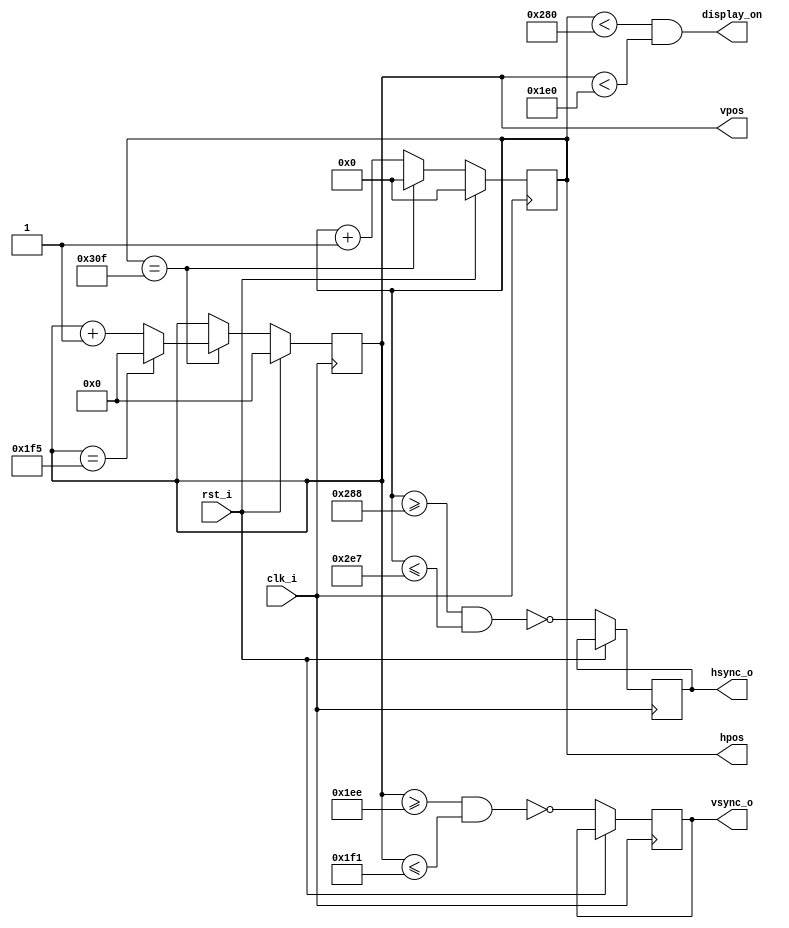
module HVSync(
    input clk_i,
    input rst_i,
    output hsync_o,
    output vsync_o,
    output display_on,
    output [9:0] hpos,
    output [8:0] vpos);


/* Dimensions for 640x480 @60Hz
* found here http://martin.hinner.info/vga/640x480_60.html*/
localparam H_DISPLAY = 640;  // horizontal display width
localparam H_FRONT = 8;      // front porch
localparam H_SYNC = 96;      // sync width
localparam H_BACK = 40;      // back porch

localparam V_SYNC = 4;       // sync width
localparam V_BACK = 25;      // back porch
localparam V_TOP = 4;        // top border
localparam V_DISPLAY = 480;  // vertical display width
localparam V_BOTTOM = 14;    // bottom border

localparam H_SYNC_START = H_DISPLAY + H_FRONT;
localparam H_SYNC_END = H_DISPLAY + H_FRONT + H_SYNC - 1;
localparam H_MAX = H_DISPLAY + H_BACK + H_FRONT + H_SYNC - 1; 

localparam V_SYNC_START = V_DISPLAY + V_BOTTOM;
localparam V_SYNC_END = V_DISPLAY + V_BOTTOM + V_SYNC - 1;
localparam V_MAX = V_DISPLAY + V_TOP + V_BOTTOM + V_SYNC - 1;


reg [9:0] hpos_count;
reg [8:0] vpos_count;

assign hpos = hpos_count;
assign vpos = vpos_count;

wire hpos_max = (hpos_count == H_MAX);
wire vpos_max = (vpos_count == V_MAX);

assign display_on = (hpos_count < H_DISPLAY) && (vpos_count < V_DISPLAY);

// Horizontal counter
always@(posedge clk_i)
begin
    if(rst_i)
    begin
        hpos_count <= 0;
    end else begin
        hsync_o <= ~(hpos_count >= H_SYNC_START
                    && hpos_count <= H_SYNC_END);
        if(hpos_max)
            hpos_count <= 0;
        else
            hpos_count <= hpos_count + 1'b1;
    end
end

// Vertical counter
always@(posedge clk_i)
begin
    if(rst_i)
    begin
        vpos_count <= 0;
    end else begin
        vsync_o <= ~(vpos_count >= V_SYNC_START
                  && vpos_count <= V_SYNC_END);
        if(hpos_max)
            if(vpos_max)
                vpos_count <= 0;
            else
                vpos_count <= vpos_count + 1'b1;
    end
end

endmodule